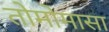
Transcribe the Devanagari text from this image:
तोमोमासा